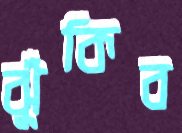
ঝুঁকিব